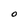
Character: O